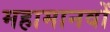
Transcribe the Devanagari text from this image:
महामानवों